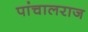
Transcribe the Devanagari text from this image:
पांचालराज